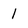
Character: I